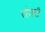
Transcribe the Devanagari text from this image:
रोज़री